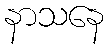
နာသနေ